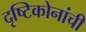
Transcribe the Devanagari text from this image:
दृष्टिकोनांची